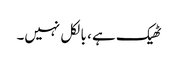
ٹھیک ہے ، بالکل نہیں۔